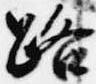
路